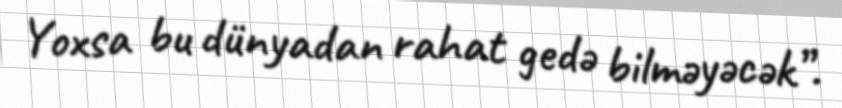
Yoxsa bu dünyadan rahat gedə bilməyəcək”.